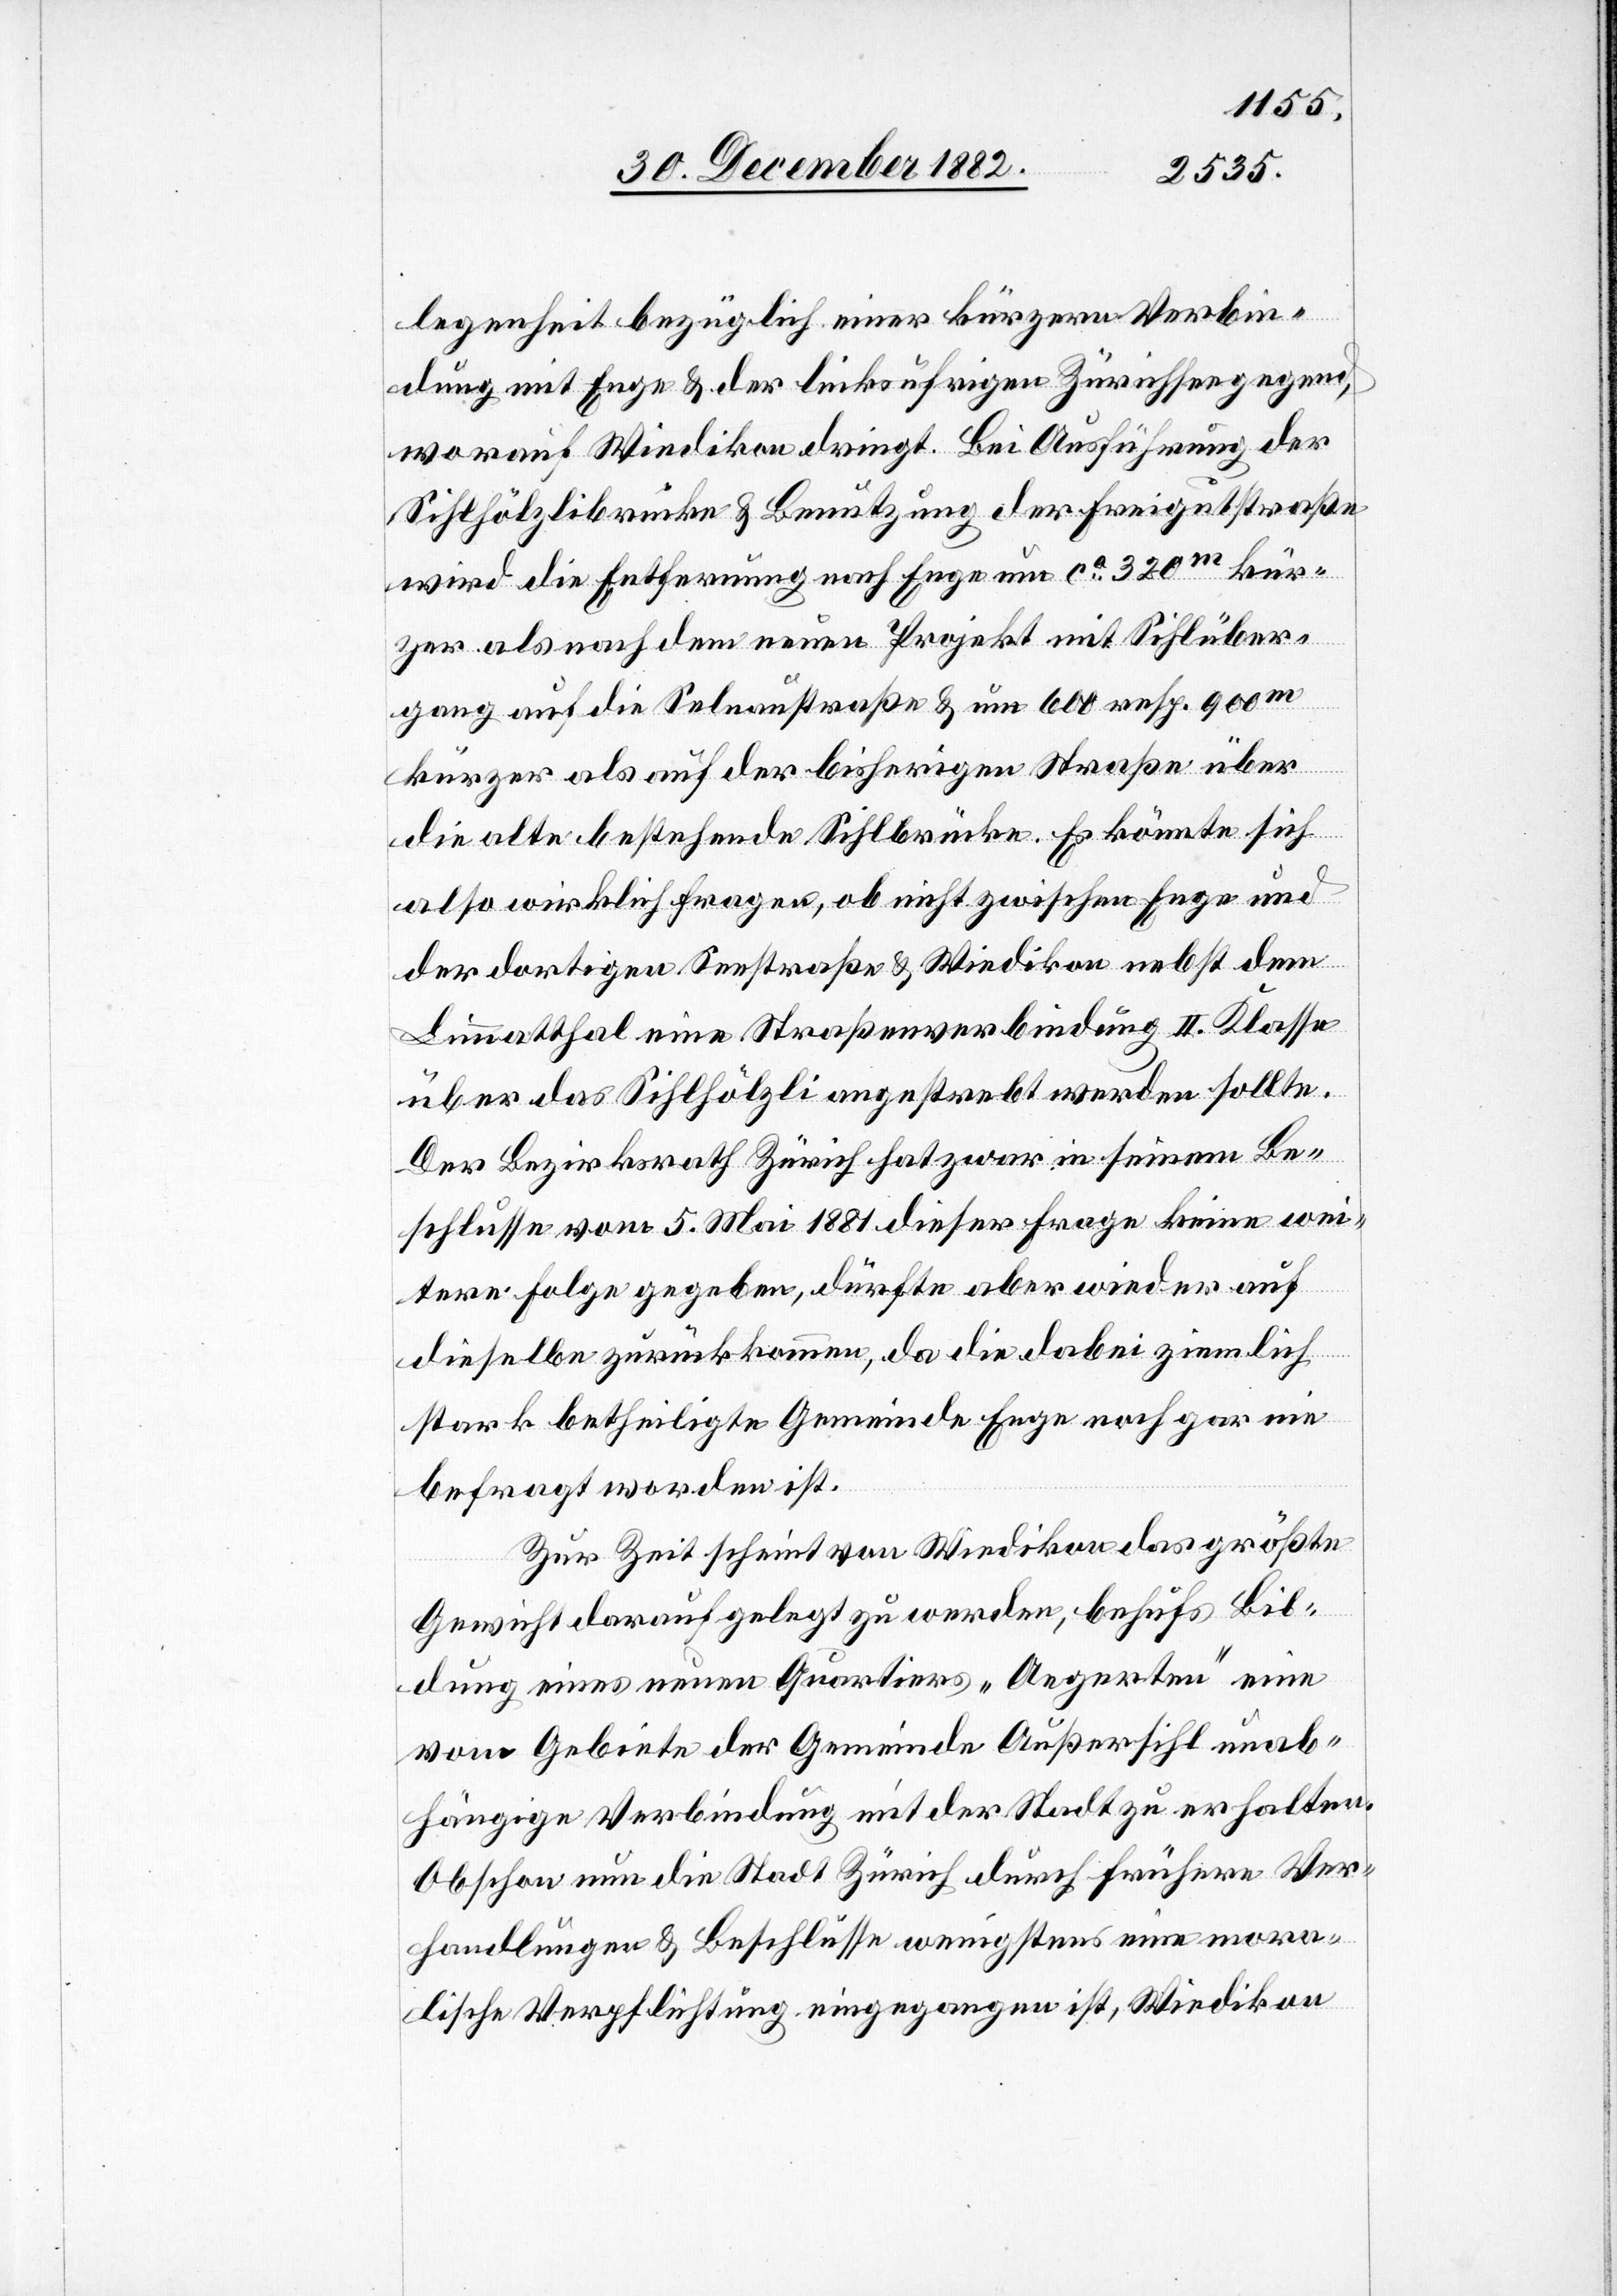
legenheit bezüglich einer kürzern Verbin¬
dung mit Enge & der linksufrigen Zürichseegegend,
worauf Wiedikon dringt. Bei Ausführung der
Sihlhölzlibrücke & Benutzung der Freigutstraße
wird die Entfernung nach Enge um ca 320m kür¬
zer als nach dem neuen Projekt mit Sihlüber¬
gang auf die Selnaustraße & um 600 resp. 900m
kürzer als auf der bisherigen Straße über
die alte bestehende Sihlbrücke. Es könnte sich
also wirklich fragen, ob nicht zwischen Enge und
der dortigen Seestraße & Wiedikon nebst dem
Limmatthal eine Straßenverbindung II. Klasse
über das Sihlhölzli angestrebt werden sollte.
Der Bezirksrath Zürich hat zwar in seinem Be¬
schlusse vom 5. Mai 1881 dieser Frage keine wei¬
tere Folge gegeben, dürfte aber wieder auf
dieselbe zurückkommen, da die dabei ziemlich
stark betheiligte Gemeinde Enge noch gar nie
befragt worden ist.
Zur Zeit scheint von Wiedikon das größte
Gewicht darauf gelegt zu werden, behufs Bil¬
dung eines neuen Quartiers „Aegerten“ eine
vom Gebiete der Gemeinde Außersihl unab¬
hängige Verbindung mit der Stadt zu erhalten.
Obschon nun die Stadt Zürich durch frühere Ver¬
handlungen & Beschlüsse wenigstens eine mora¬
lische Verpflichtung eingegangen ist, Wiedikon